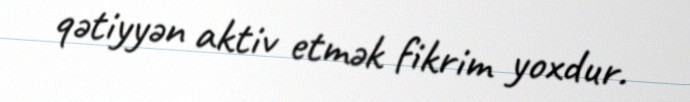
qətiyyən aktiv etmək fikrim yoxdur.